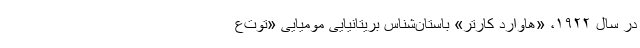
در سال ۱۹۲۲، «هاوارد کارتر» باستان‌شناس بریتانیایی مومیایی «توت‌ع